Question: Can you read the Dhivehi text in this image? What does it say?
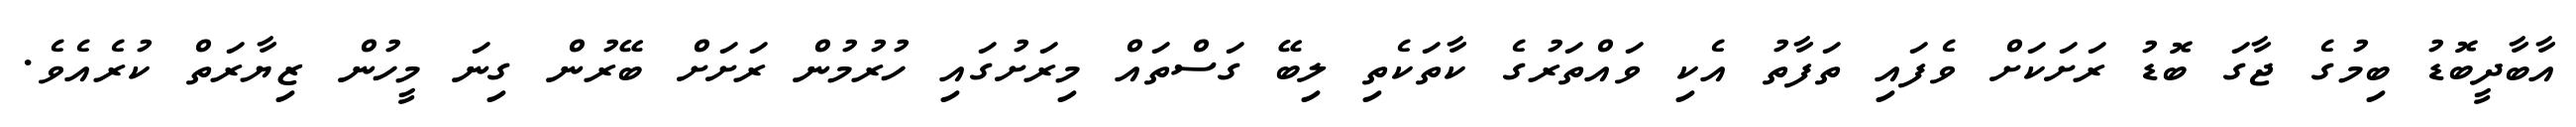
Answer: އާބާދީބޮޑު ބިމުގެ ޖާގަ ބޮޑު ރަށަކަށް ވެފައި ތަފާތު އެކި ވައްތަރުގެ ކާތަކެތި ލިބޭ ގަސްތައް މިރަށުގައި ހުރުމުން ރަށަށް ބޭރުން ގިނަ މީހުން ޒިޔާރަތް ކުރެއެވެ.